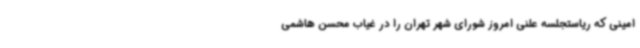
امینی که ریاستجلسه علنی امروز شورای شهر تهران را در غیاب محسن هاشمی